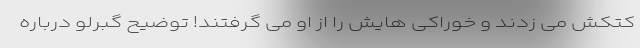
کتکش می زدند و خوراکی هایش را از او می گرفتند! توضیح گبرلو درباره